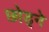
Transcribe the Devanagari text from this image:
छोड़्ने